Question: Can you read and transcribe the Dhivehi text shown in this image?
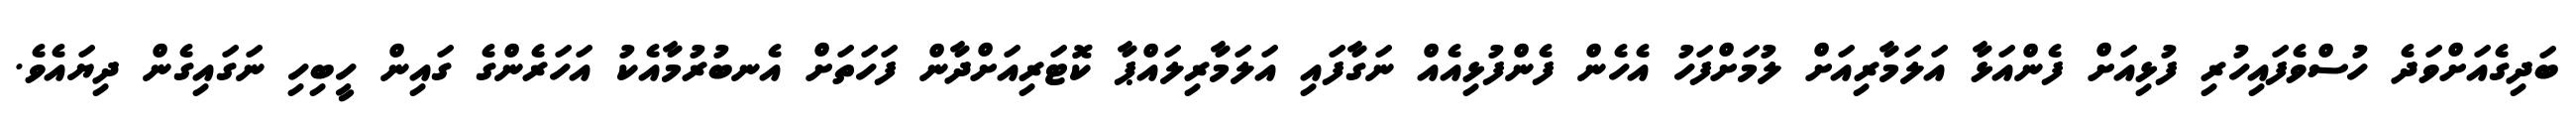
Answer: ބަދިގެއަށްވަދެ ހުސްވެފައިހުރި ފުޅިއަށް ފެންއަޅާ އަލަމާރިއަށް ލުމަށްފަހު އެހެން ފެންފުޅިއެއް ނަގާފައި އަލަމާރިލައްޕާ ކޮޓަރިއަށްދާން ފަހަތަށް އެނބުރުމާއެކު އަހަރެންގެ ގައިން ހީބިހި ނަގައިގެން ދިޔައެވެ.